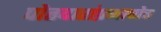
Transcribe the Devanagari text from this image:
पोतदारांप्रमाणेच